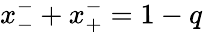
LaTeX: x_{-}^{-}+x_{+}^{-}=1-q